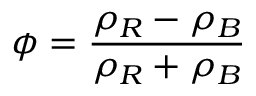
\phi = \frac { \rho _ { R } - \rho _ { B } } { \rho _ { R } + \rho _ { B } }